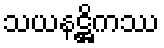
သယနဋ္ဌိကဿ